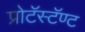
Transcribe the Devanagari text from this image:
प्रोटॅस्टॅण्ट